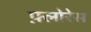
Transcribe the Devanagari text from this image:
फ़्लोरेस